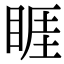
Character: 睚